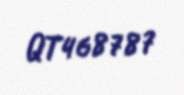
QT468787